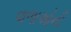
વાળાઓની